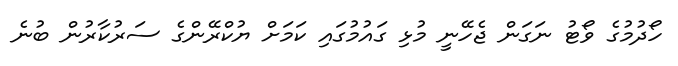
ހޯދުމުގެ ވޯޓު ނަގަން ޖެހޭނީ މުޅި ގައުމުގައި ކަމަށް ޔުކްރޭންގެ ސަރުކާރުން ބުނެ